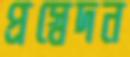
প্রস্বেদন